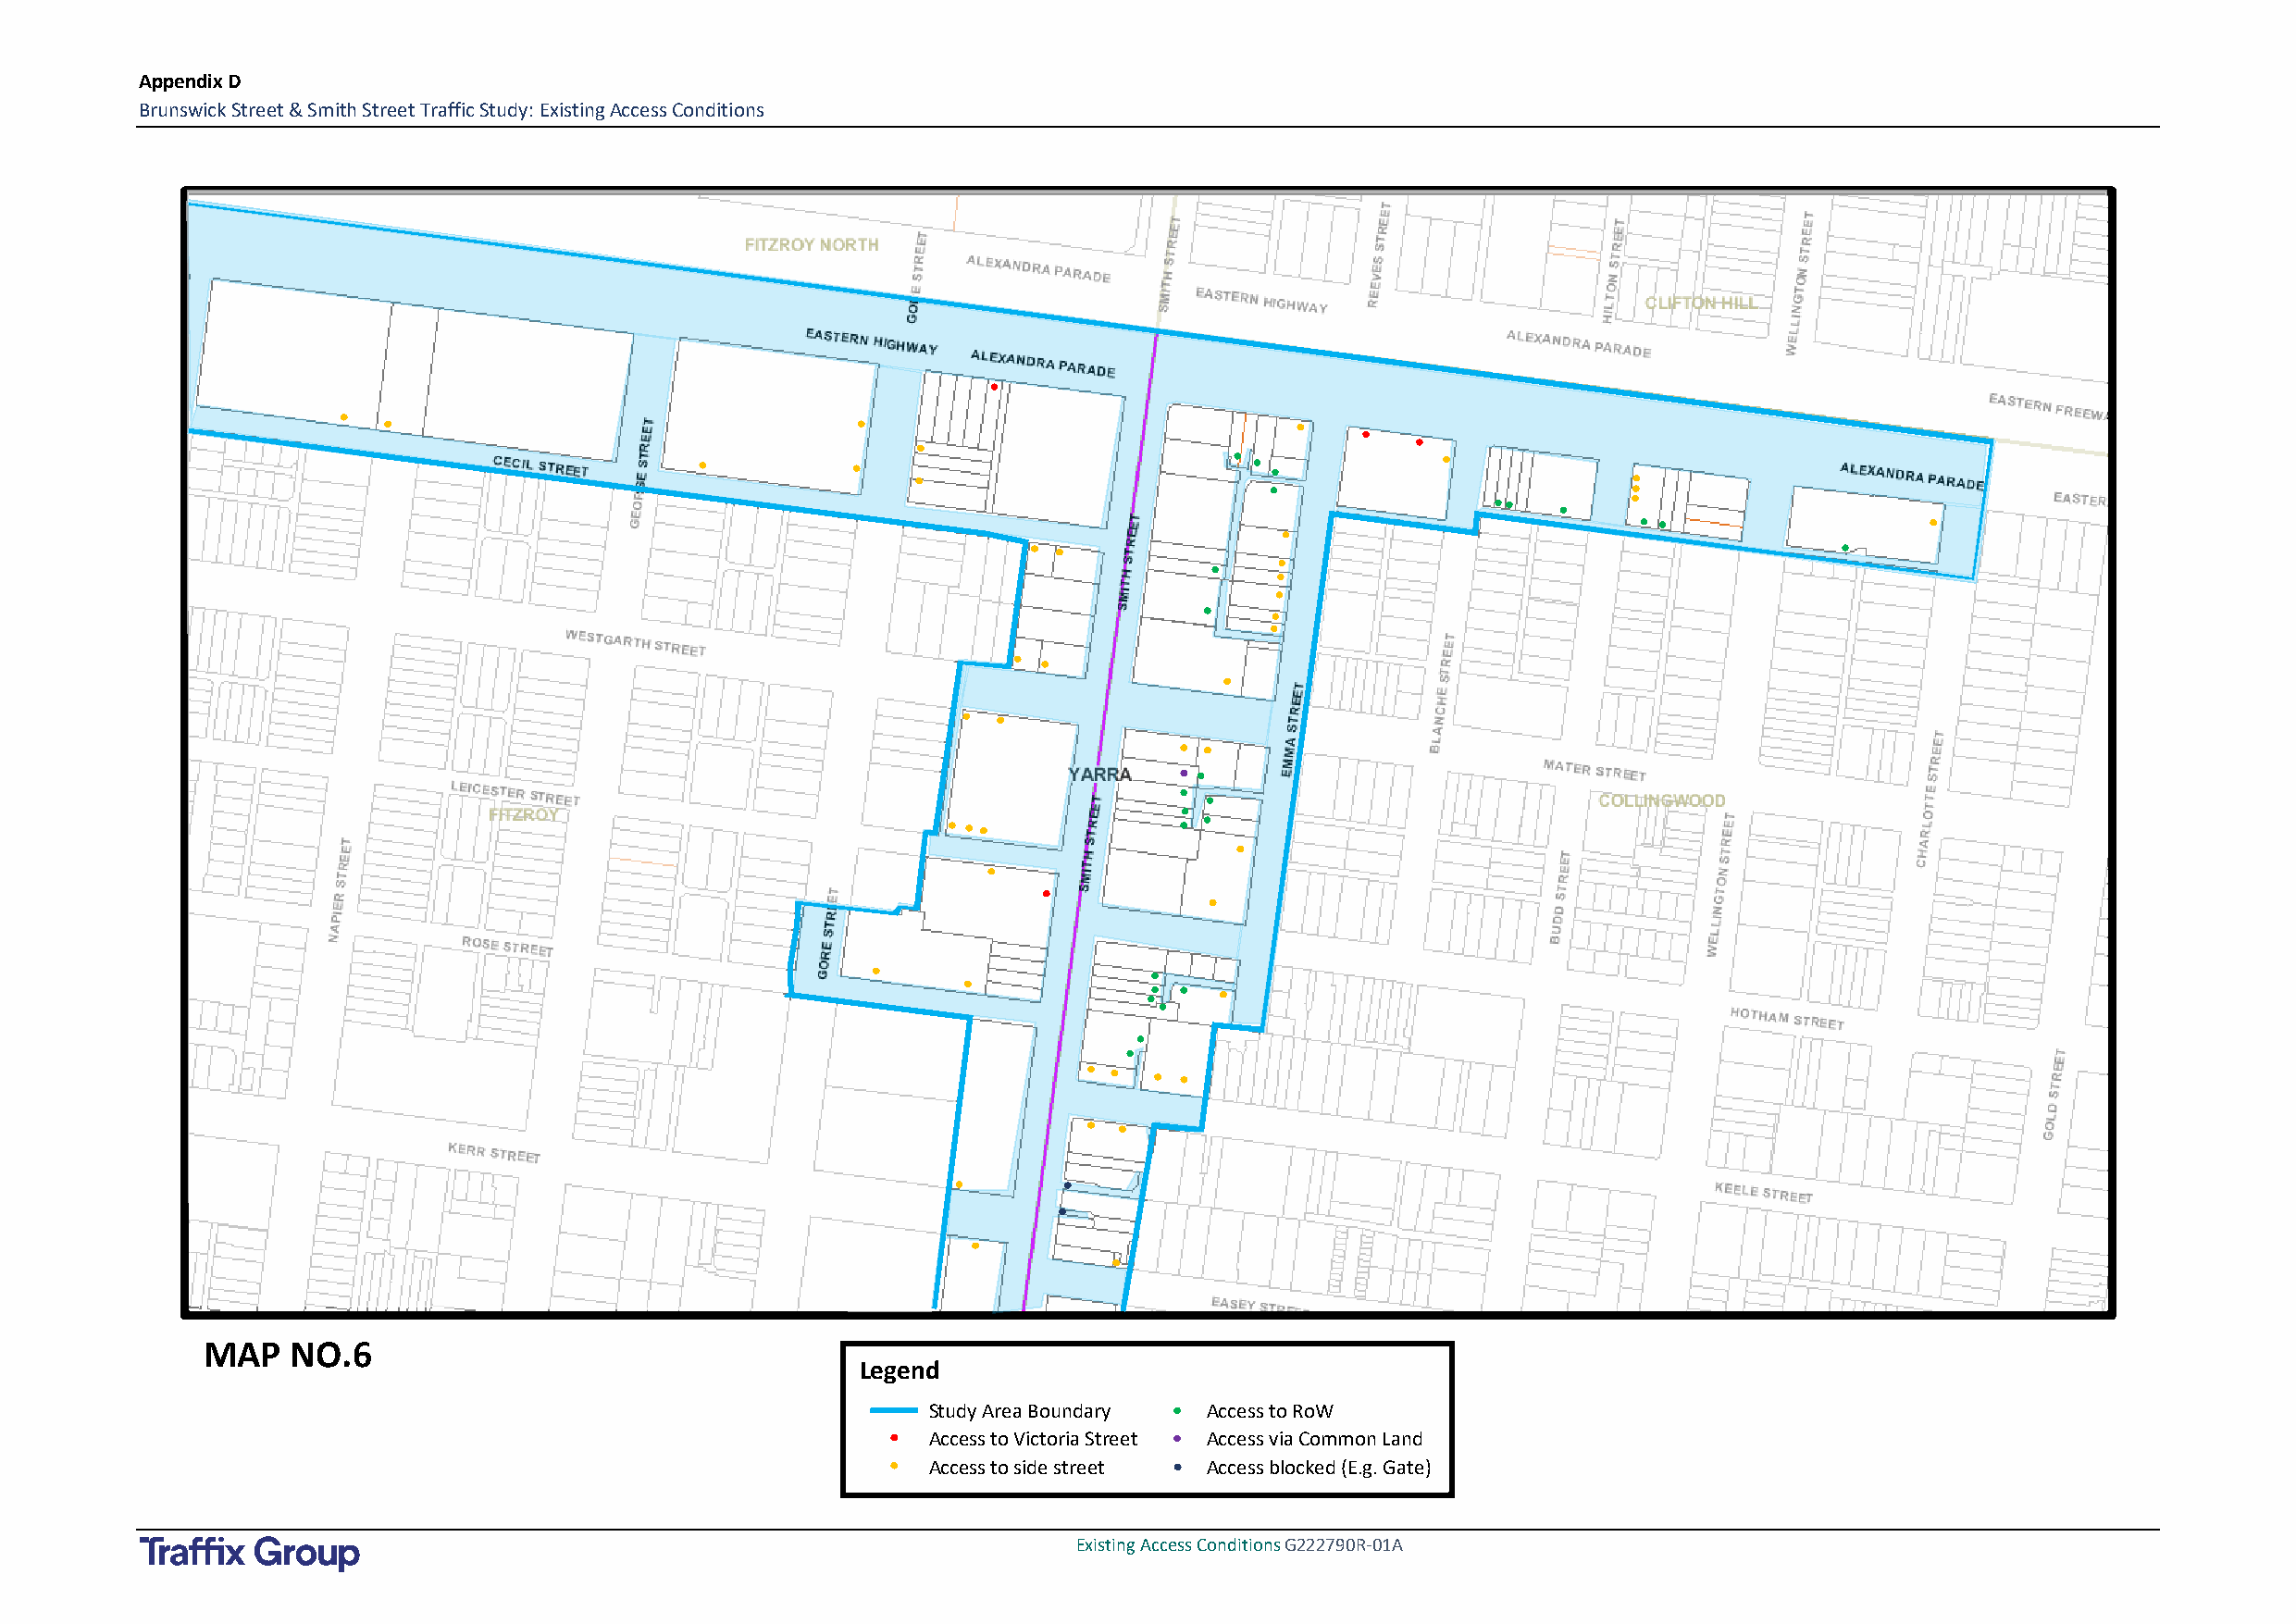
Appendix D
 Brunswick Street & Smith Street Traffic Study: Existing Access Conditions
 MAP   NO.6
 Legend
 Study Area Boundary Access to RoW
 Access to Victoria Street Access via Common Land
 Access to side street Access blocked (E.g. Gate)
 Existing Access Conditions G222790R-01A